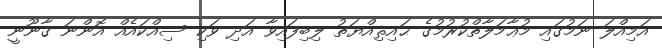
އަމިއްލަ ނަމުގައި މުޢާމަލާތްކުރުމުގެ ޙައިޘިއްޔަތު ލިބިފައިވާ އަދި ވަކި ސިއްކައެއް އޮންނަ ޤާނޫނީ